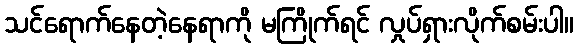
သင်ရောက်နေတဲ့နေရာကို မကြိုက်ရင် လှုပ်ရှားလိုက်စမ်းပါ။